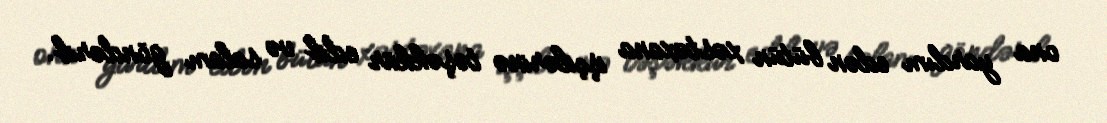
ona yardım edən bütün xəstəxana işçilərinə təşəkkür edib və salam göndərib.